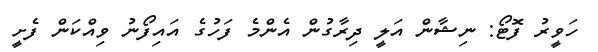
ހަވީރު ފޮޓޯ: ނިޝާން އަލީ ދިރާގުން އެންމެ ފަހުގެ އައިފޯނު ވިއްކަން ފެށީ